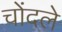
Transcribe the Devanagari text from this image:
चोंदले